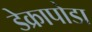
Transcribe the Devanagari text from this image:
डेक्रापोडा